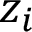
z _ { i }